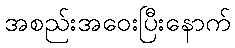
အစည်းအဝေးပြီးနောက်